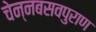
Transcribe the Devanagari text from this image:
चेन्नबसवपुराण